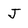
Character: J